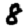
Digit: 8